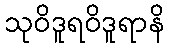
သုဝိဒူရဝိဒူရာနိ